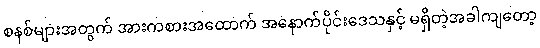
စနစ်များအတွက် အားကစားအထောက် အနောက်ပိုင်းဒေသနှင့် မရှိတဲ့အခါကျတော့